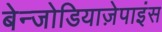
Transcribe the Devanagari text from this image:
बेन्जोडियाज़ेपाइंस